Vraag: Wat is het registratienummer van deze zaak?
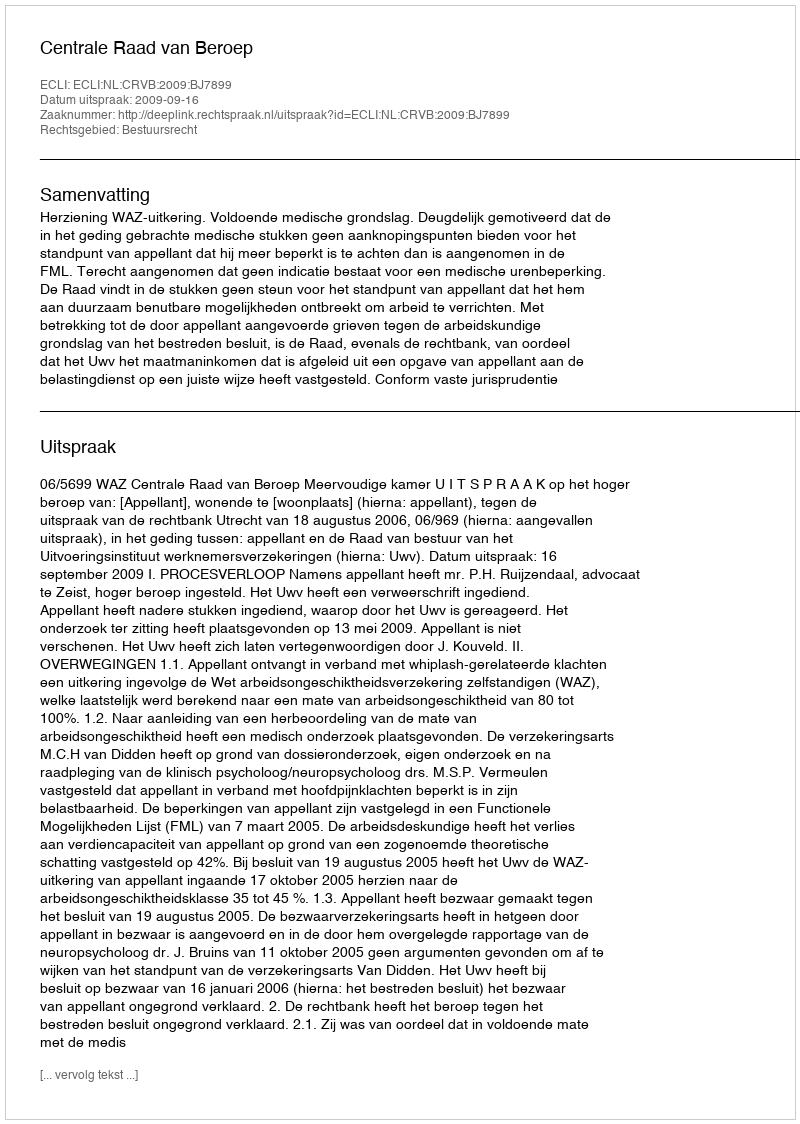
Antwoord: http://deeplink.rechtspraak.nl/uitspraak?id=ECLI:NL:CRVB:2009:BJ7899